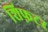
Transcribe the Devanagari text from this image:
शिफ़टर